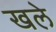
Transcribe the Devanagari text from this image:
खले